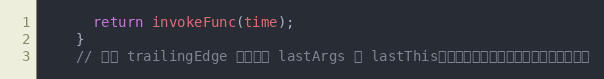
Language: JavaScript
      return invokeFunc(time);
    }
    // 每次 trailingEdge 都会清除 lastArgs 和 lastThis，目的是避免最后一次函数被执行了两次